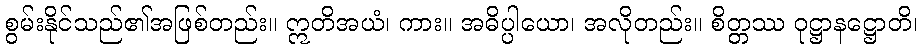
စွမ်းနိုင်သည်၏အဖြစ်တည်း။ ဣတိအယံ၊ ကား။ အဓိပ္ပါယော၊ အလိုတည်း။ စိတ္တဿ ဝုဋ္ဌာနဋ္ဌောတိ၊